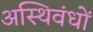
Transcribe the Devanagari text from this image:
अस्थिवंधों